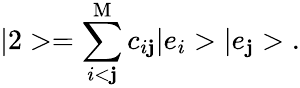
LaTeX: |2>=\sum_{i<\mathbf{j}}^{\mathrm{{M}}}c_{i\mathbf{j}}|e_{i}>|e_{\mathbf{j}}>\; .